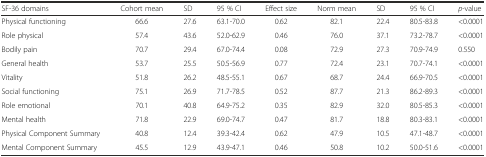
| SF-36 domains | Cohort mean | SD | 95 % CI | Effect size | Norm mean | SD | 95 % CI | p-value |
 | --- | --- | --- | --- | --- | --- | --- | --- | --- |
 | Physical functioning | 66.6 | 27.6 | 63.1-70.0 | 0.62 | 82.1 | 22.4 | 80.5-83.8 | <0.0001 |
 | Role physical | 57.4 | 43.6 | 52.0-62.9 | 0.46 | 76.0 | 37.1 | 73.2-78.7 | <0.0001 |
 | Bodily pain | 70.7 | 29.4 | 67.0-74.4 | 0.08 | 72.9 | 27.3 | 70.9-74.9 | 0.550 |
 | General health | 53.7 | 25.5 | 50.5-56.9 | 0.77 | 72.4 | 23.1 | 70.7-74.1 | <0.0001 |
 | Vitality | 51.8 | 26.2 | 48.5-55.1 | 0.67 | 68.7 | 24.4 | 66.9-70.5 | <0.0001 |
 | Social functioning | 75.1 | 26.9 | 71.7-78.5 | 0.52 | 87.7 | 21.3 | 86.2-89.3 | <0.0001 |
 | Role emotional | 70.1 | 40.8 | 64.9-75.2 | 0.35 | 82.9 | 32.0 | 80.5-85.3 | <0.0001 |
 | Mental health | 71.8 | 22.9 | 69.0-74.7 | 0.47 | 81.7 | 18.8 | 80.3-83.1 | <0.0001 |
 | Physical Component Summary | 40.8 | 12.4 | 39.3-42.4 | 0.62 | 47.9 | 10.5 | 47.1-48.7 | <0.0001 |
 | Mental Component Summary | 45.5 | 12.9 | 43.9-47.1 | 0.46 | 50.8 | 10.2 | 50.0-51.6 | <0.0001 |